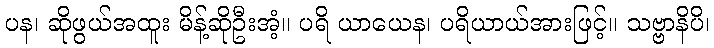
ပန၊ ဆိုဖွယ်အထူး မိန့်ဆိုဦးအံ့။ ပရိ ယာယေန၊ ပရိယာယ်အားဖြင့်။ သဗ္ဗာနိပိ၊